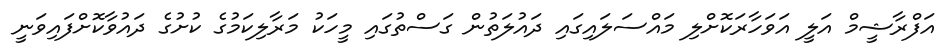
އަފްރާޝީމް އަލީ އަވަހާރަކޮށްލި މައްސަލައިގައި ދައުލަތުން ގަސްތުގައި މީހަކު މަރާލިކަމުގެ ކުށުގެ ދައުވާކޮށްފައިވަނީ